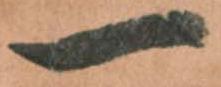
一